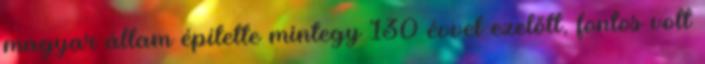
magyar állam építette mintegy 130 évvel ezelőtt, fontos volt